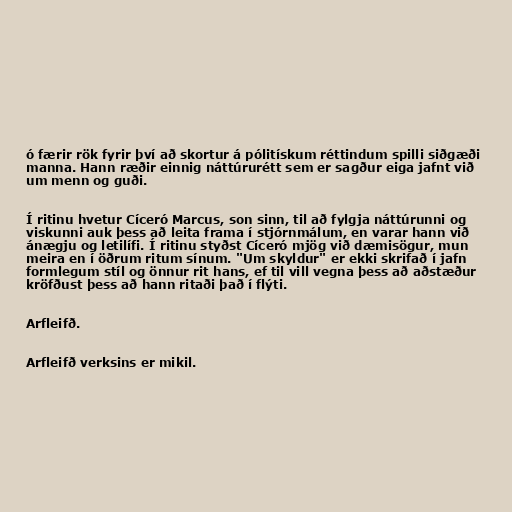
ó færir rök fyrir því að skortur á pólitískum réttindum spilli siðgæði
manna. Hann ræðir einnig náttúrurétt sem er sagður eiga jafnt við
um menn og guði.

Í ritinu hvetur Cíceró Marcus, son sinn, til að fylgja náttúrunni og
viskunni auk þess að leita frama í stjórnmálum, en varar hann við
ánægju og letilífi. Í ritinu styðst Cíceró mjög við dæmisögur, mun
meira en í öðrum ritum sínum. "Um skyldur" er ekki skrifað í jafn
formlegum stíl og önnur rit hans, ef til vill vegna þess að aðstæður
kröfðust þess að hann ritaði það í flýti.

Arfleifð.

Arfleifð verksins er mikil.